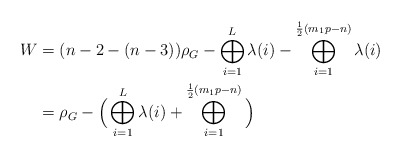
\begin{align*} W & = (n-2-(n-3))\rho_G - \bigoplus_{i=1}^L \lambda(i) - \bigoplus_{i=1}^{\frac{1}{2}(m_1p-n)} \lambda(i) \\ & = \rho_G - \Big( \bigoplus_{i=1}^L \lambda(i) + \bigoplus_{i=1}^{\frac{1}{2}(m_1p-n)}\Big) \end{align*}